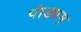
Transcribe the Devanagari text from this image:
पांड्यम्